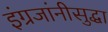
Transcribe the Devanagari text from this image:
इंग्रजांनीसुद्धा